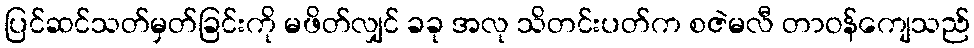
ပြင်ဆင်သတ်မှတ်ခြင်းကို မဖိတ်လျှင် ခခု အလု သိတင်းပတ်က စဇဲမလီ တာဝန်ကျေသည်